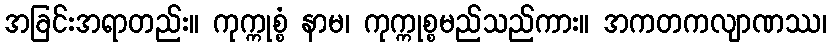
အခြင်းအရာတည်း။ ကုက္ကုစ္စံ နာမ၊ ကုက္ကုစ္စမည်သည်ကား။ အကတကလျာဏဿ၊